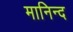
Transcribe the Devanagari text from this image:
मानिन्द